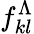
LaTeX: f_{kl}^{\Lambda}